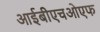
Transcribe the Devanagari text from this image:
आईबीएचओएफ